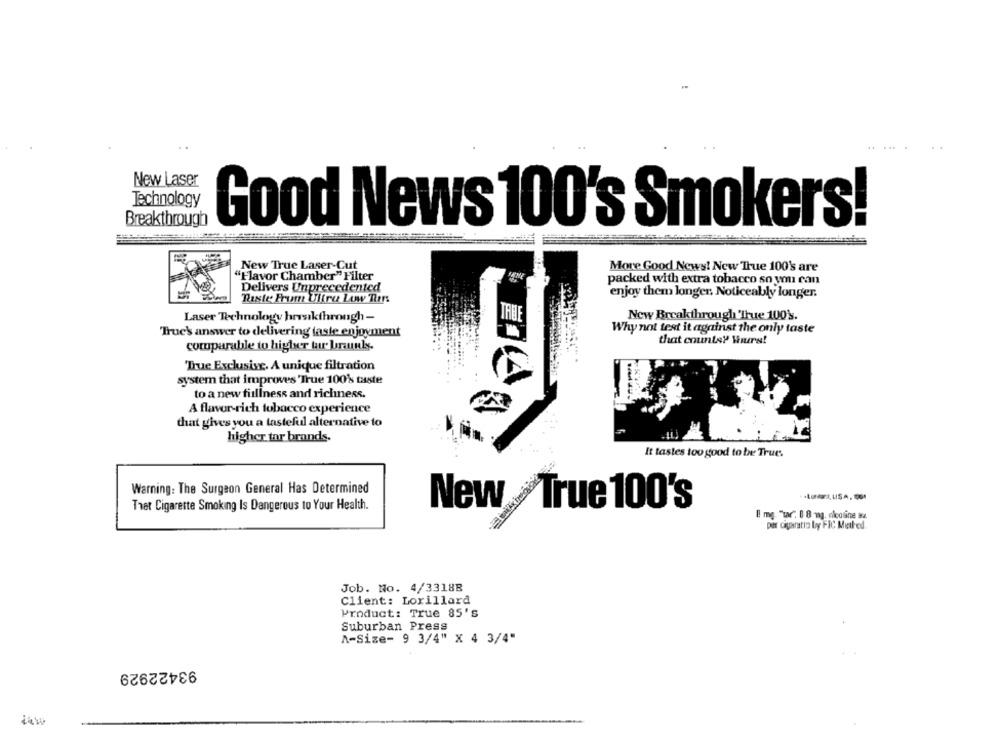
New Laser
Technology
Breakthrough
Good News 100's Smokers!
New True Laser-Cut
More Good News! New 'True 100' are
"Flavor Chamber" Filter
packed with extra tobacco so you can
Delivers Unprecedented
enjoy them longer. Noticeably longer.
Riste From Ultra Low Thers
Laser Technology hrvsikthrough -
TRU
New Breakthrough 'True 100's.
True's answer to delivering faste enjoyment
Why not test it against the only taste
that countsy Hours!
comparable to higher tur Ununly.
True Exclusive, A unique filtration
system that improves 'True 100'% taste
to a new fillness and richness.
A flavor-rich tobacco experience
that gives you a tasteful alternative to
higher tar brands.
It tastes too good to be True.
Warning: The Surgeon General Has Determined
New True 100's
Tret Cigarette Smoking Is Dangerous to Your Health.
E mg. "tar. 0 8 -mg. nicotine 82.
per ciparatia by FIC Metled
Job. No. 4/3318B
Client: Lorillard
Product: True 85's
Suburban Press
A-Size- 9 3/4" x 4 3/4"
93422929